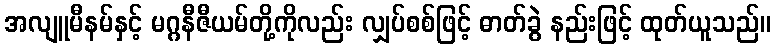
အလျူမီနမ်နှင့် မဂ္ဂနီဇီယမ်တို့ကိုလည်း လျှပ်စစ်ဖြင့် ဓာတ်ခွဲ နည်းဖြင့် ထုတ်ယူသည်။